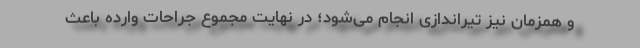
و همزمان نیز تیراندازی انجام می‌شود؛ در نهایت مجموع جراحات وارده باعث